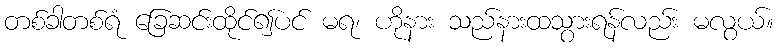
တစ်ခါတစ်ရံ ခြေဆင်းထိုင်၍ပင် မရ၊ ဟိုနား သည်နားထသွားရန်လည်း မလွယ်။